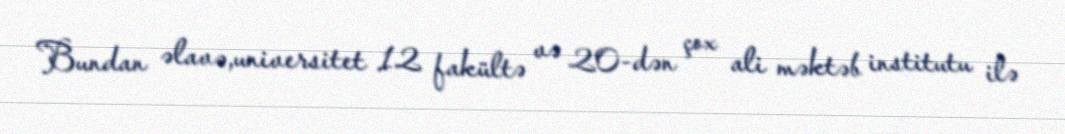
Bundan əlavə,universitet 12 fakültə və 20-dən çox ali məktəb institutu ilə